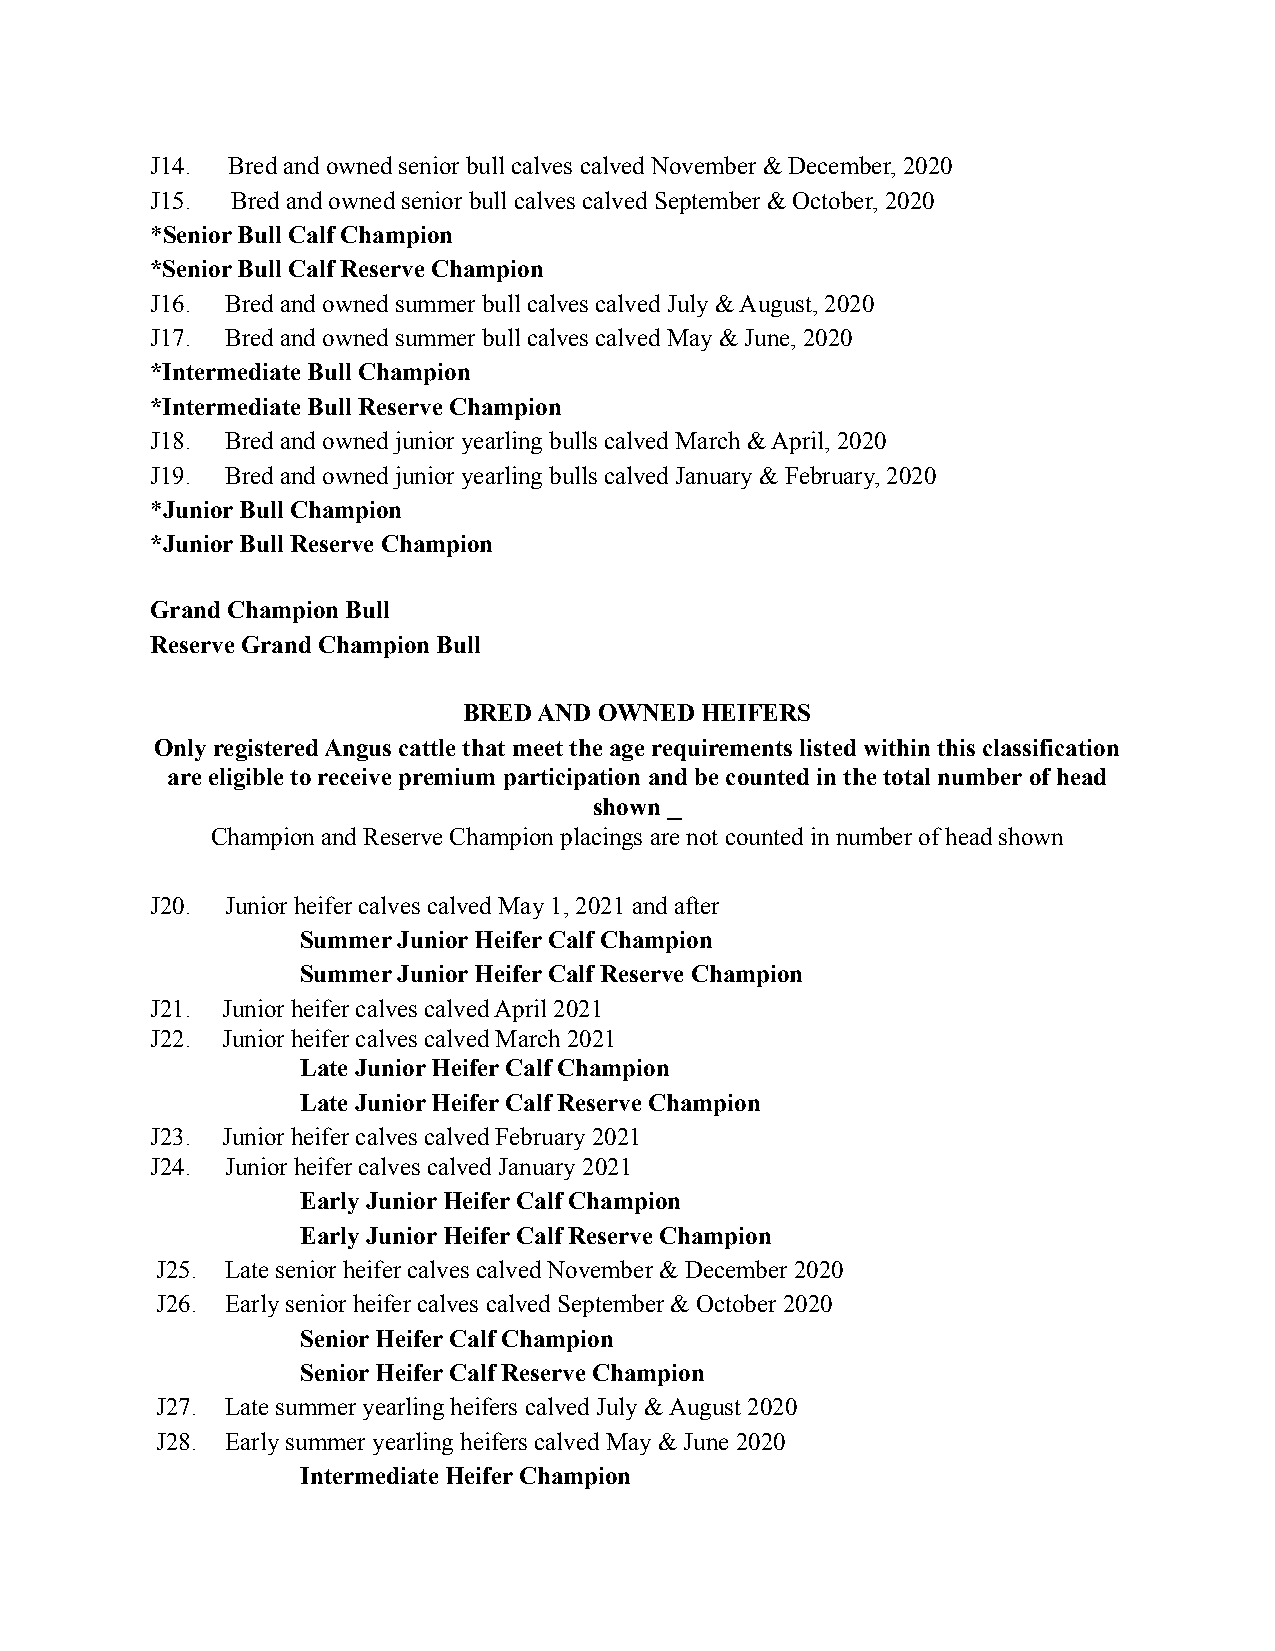
J14. Bred and owned senior bull calves calved November & December, 2020
 J15. Bred and owned senior bull calves calved September & October, 2020
 *Senior Bull Calf Champion
 *Senior Bull Calf Reserve Champion
 J16. Bred and owned summer bull calves calved July & August, 2020
 J17. Bred and owned summer bull calves calved May & June, 2020
 *Intermediate Bull Champion
 *Intermediate Bull Reserve Champion
 J18. Bred and owned junior yearling bulls calved March & April, 2020
 J19. Bred and owned junior yearling bulls calved January & February, 2020
 *Junior Bull Champion
 *Junior Bull Reserve Champion
 Grand Champion Bull
 Reserve Grand Champion Bull
 BRED AND OWNED HEIFERS
 Only registered Angus cattle that meet the age requirements listed within this classification
 are eligible to receive premium participation and be counted in the total number of head
 shown⎯
 Champion and Reserve Champion placings are not counted in number of head shown
 J20. Junior heifer calves calved May 1, 2021 and after
 Summer Junior Heifer Calf Champion
 Summer Junior Heifer Calf Reserve Champion
 J21. Junior heifer calves calved April 2021
 J22. Junior heifer calves calved March 2021
 Late Junior Heifer Calf Champion
 Late Junior Heifer Calf Reserve Champion
 J23. Junior heifer calves calved February 2021
 J24. Junior heifer calves calved January 2021
 Early Junior Heifer Calf Champion
 Early Junior Heifer Calf Reserve Champion
 J25. Late senior heifer calves calved November & December 2020
 J26. Early senior heifer calves calved September & October 2020
 Senior Heifer Calf Champion
 Senior Heifer Calf Reserve Champion
 J27. Late summer yearling heifers calved July & August 2020
 J28. Early summer yearling heifers calved May & June 2020
 Intermediate Heifer Champion